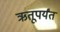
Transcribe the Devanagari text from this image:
ऋतूपर्यंत